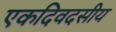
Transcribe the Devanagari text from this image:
एकदिवदसीय